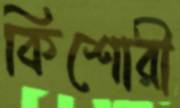
কিশোরী